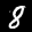
Label: 8